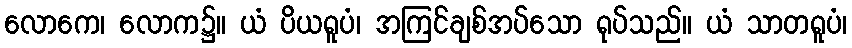
လောကေ၊ လောက၌။ ယံ ပိယရူပံ၊ အကြင်ချစ်အပ်သော ရုပ်သည်။ ယံ သာတရူပံ၊